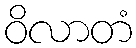
ဝိလာတံ